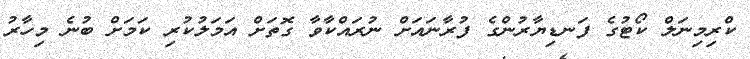
ކްރިމިނަލް ކޯޓުގެ ފަނޑިޔާރުންގެ ފުރާނައަށް ނުރައްކާވާ ގޮތަށް އަމަލުކުރި ކަމަށް ބުނެ މިހާރު